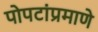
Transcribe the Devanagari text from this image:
पोपटांप्रमाणे